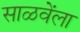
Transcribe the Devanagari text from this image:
साळवेंला